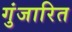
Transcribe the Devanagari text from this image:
गुंजारित